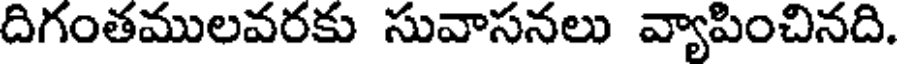
దిగంతములవరకు సువాసనలు వ్యాపించినది.